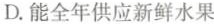
D.能全年供应新鲜水果